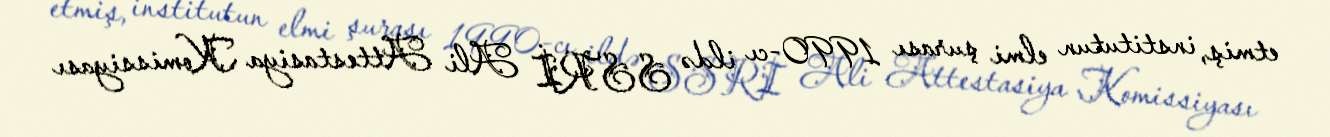
etmiş, institutun elmi şurası 1990-cı ildə SSRİ Ali Attestasiya Komissiyası